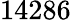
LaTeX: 14286